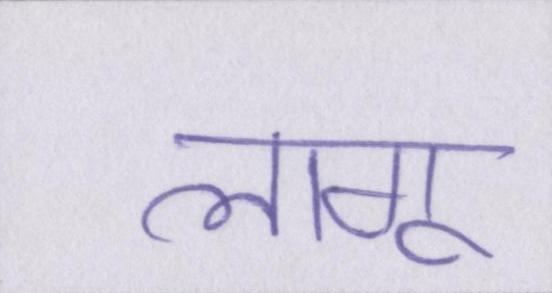
लागू